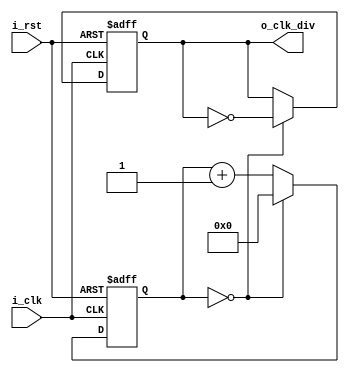
`timescale 1ns / 1ps
//////////////////////////////////////////////////////////////////////////////////
// Company: 
// Engineer: 
// 
// Design Name: 
// Module Name: clk_div
// Project Name: 
// Target Devices: 
// Tool Versions: 
// Description: 
// 
// Dependencies: 
// 
// Revision:
// Revision 0.01 - File Created
// Additional Comments:
// 
//////////////////////////////////////////////////////////////////////////////////


                                        // 
module clk_div#(
    parameter   P_CLK_DIV_CNT=2         // 
//    parameter   P_RST_CNT=1           // 1 
)(
    input       i_rst               ,   //          
    input       i_clk               ,   // 
    output      o_clk_div               // 
//    output      o_rst_div             // 
);

reg [15:0]  r_clk_cnt                               ;
reg         ro_o_clk_div                            ; 

//reg [15:0]  r_rst_cnt                               ;
//reg         ro_o_rst_div                            ;
//wire        w_clk_div                               ;      


assign      o_clk_div = ro_o_clk_div                ;

//assign      o_rst_div = ro_o_rst_div                ;


// if(P_RST_CNT == 0)begin
//     assign w_clk_div = 1;
// end else
//     assign w_clk_div = P_RST_CNT;



                                            // 
always@(posedge i_clk, posedge i_rst)
begin
    if(i_rst)begin
        r_clk_cnt <= 'd0;
    end 
    else if(r_clk_cnt == (P_CLK_DIV_CNT >> 1) - 1) begin
        r_clk_cnt <= 'd0;
    end 
    else 
    begin
        r_clk_cnt <= r_clk_cnt + 1;
    end
end

                                            // cnt/
always@(posedge i_clk, posedge i_rst)
begin
    if(i_rst)begin
        ro_o_clk_div <= 'd1;
    end else if(r_clk_cnt == (P_CLK_DIV_CNT >> 1) - 1) begin
        ro_o_clk_div <= ~ro_o_clk_div;
    end else begin
        ro_o_clk_div <= ro_o_clk_div;
    end
end


//                                          // 
// always@(posedge ro_o_clk_div, posedge i_rst)
// begin
//     if(i_rst || (w_clk_div == 1))begin
//         r_rst_cnt <= 'd0;               
//     end else if(r_rst_cnt == (w_clk_div-1)) begin
//         r_rst_cnt <= r_rst_cnt;          // , 
//     end else begin
//         r_rst_cnt <= r_rst_cnt + 1;      // 
//     end
// end

//                                          // 
// always@(posedge ro_o_clk_div, posedge i_rst)
// begin
//     if(i_rst)begin
//         ro_o_rst_div <= 'd1;             // 
//     end else if(r_rst_cnt == (w_clk_div-1)) begin
//         ro_o_rst_div <= 'd0;             // 
//     end else begin
//         ro_o_rst_div <= ro_o_rst_div;    // 
//     end
// end

endmodule